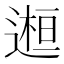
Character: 𨕹